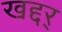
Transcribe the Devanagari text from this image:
खद्दर्